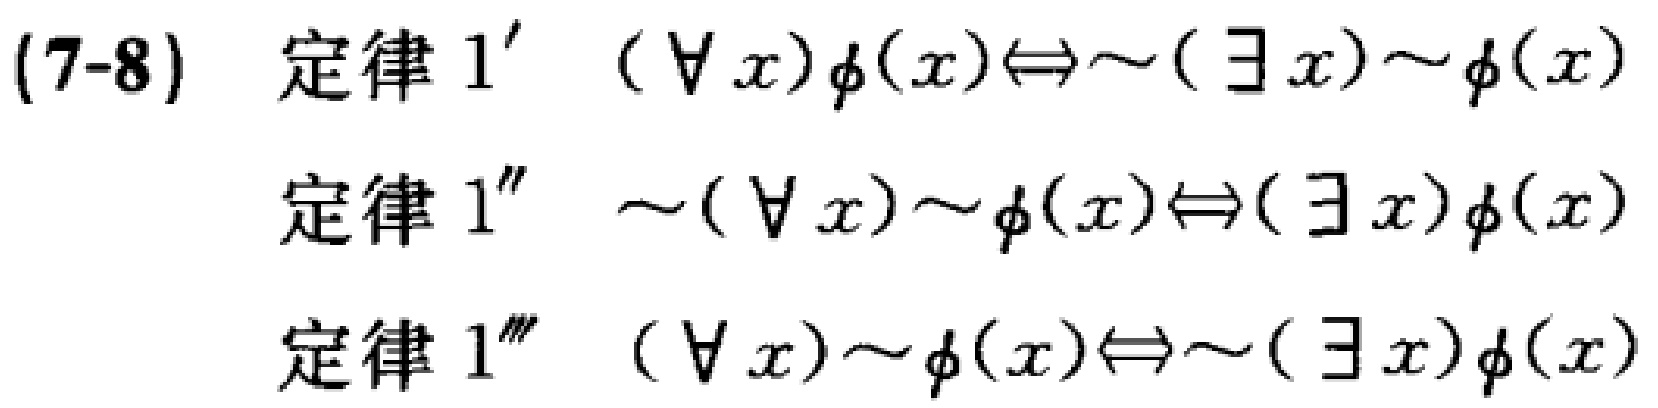
(7-8) 定律 1' \( (\forall x)\phi(x)\Leftrightarrow\sim(\exists x)\sim\phi(x)\)
定律 1'' \( \sim(\forall x)\sim\phi(x)\Leftrightarrow(\exists x)\phi(x)\)
定律 1''' \( (\forall x)\sim\phi(x)\Leftrightarrow\sim(\exists x)\phi(x)\)